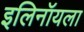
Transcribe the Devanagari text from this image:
इलिनॉयला